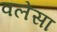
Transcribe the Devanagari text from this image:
वलेंसा